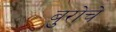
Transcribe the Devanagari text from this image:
बुरोचे